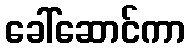
ခေါ်ဆောင်ကာ